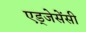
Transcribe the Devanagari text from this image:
एड्जेसेंसी